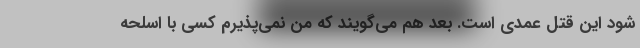
شود این قتل عمدی است. بعد هم می‌گویند که من نمی‌پذیرم کسی با اسلحه